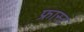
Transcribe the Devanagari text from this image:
फ्रास्ट